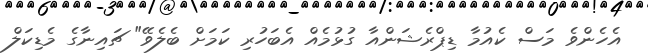
އެހެންވެ މަސް ކެއުމާ ޑިޕްރެޝަންއާ ގުޅުމެއް އެބަހުރި ކަމަށް ބެލެވޭ" ޗައިނާގެ މެޑިކަލް